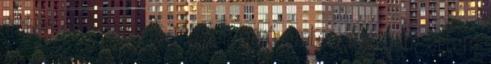
évben erre vágyik minden érző ember. Azt nem értem